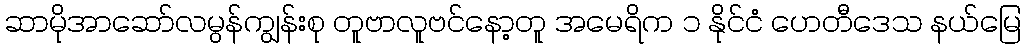
ဆာမိုအာဆော်လမွန်ကျွန်းစု တူဗာလူဗင်နော့တူ အမေရိက ၁ နိုင်ငံ ဟေတီဒေသ နယ်မြေ